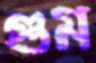
গুম